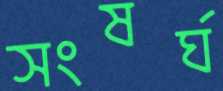
সংষর্ঘ